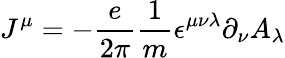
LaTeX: J^{\mu}=-{\frac{e}{2\pi}}{\frac{1}{m}}\epsilon^{\mu\nu\lambda}\partial_{\nu}A_{\lambda}